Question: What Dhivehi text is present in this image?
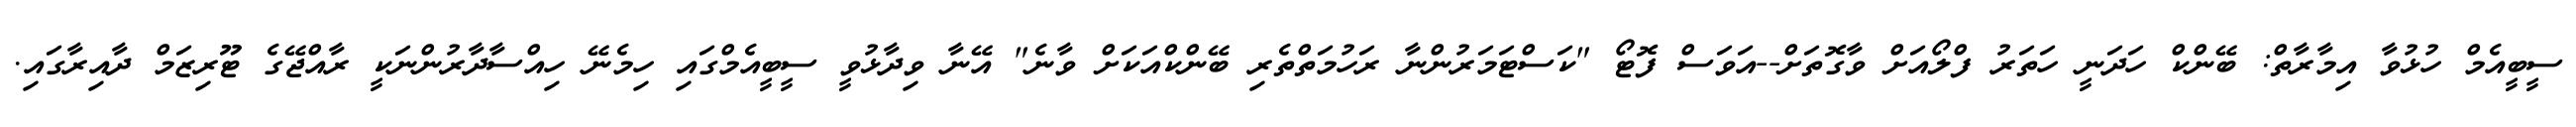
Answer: ސީބީއެމް ހުޅުވާ އިމާރާތް: ބޭންކް ހަދަނީ ހަތަރު ފްލޯއަށް ވާގޮތަށް--އަވަސް ފޮޓޯ "ކަސްޓަމަރުންނާ ރަހުމަތްތެރި ބޭންކްއަކަށް ވާނެ" އޭނާ ވިދާޅުވީ ސީބީއެމްގައި ހިމެނޭ ހިއްސާދާރުންނަކީ ރާއްޖޭގެ ޓޫރިޒަމް ދާއިރާގައި.